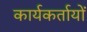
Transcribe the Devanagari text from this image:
कार्यकर्तायों